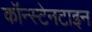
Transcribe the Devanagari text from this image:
कॉन्स्टेनटाइन